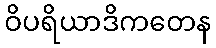
ဝိပရိယာဒိကတေန